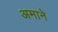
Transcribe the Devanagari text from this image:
अमाने